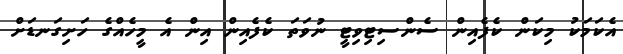
އެކަމަކު މިކަން ކެފެއިން ސެންސިޓިވިޓީ ނުވަތަ ކެފެއިން އިން އެ މީހެއްގެ ހަށިގަނޑަށް